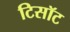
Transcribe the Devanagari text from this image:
टिसॉट